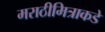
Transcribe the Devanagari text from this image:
मराठीमित्राकडे